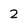
Character: 2